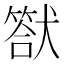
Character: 𤡿